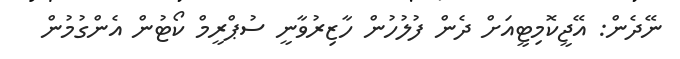
ނޭދެން: އޭޖީކޮމިޓީއަށް ދެން ފުލުހުން ހާޒިރުވާނީ ސުޕްރީމް ކޯޓުން އެންގުމުން